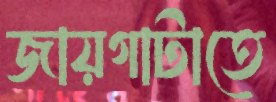
জায়গাটাতে